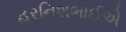
હરનિશભાઈએ